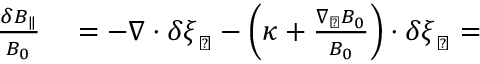
\begin{array} { r } { \begin{array} { r l } { \frac { \delta B _ { \parallel } } { B _ { 0 } } } & { { } = - \nabla \cdot \delta \boldsymbol { \xi } _ { \perp } - \left( \boldsymbol { \kappa } + \frac { \nabla _ { \perp } B _ { 0 } } { B _ { 0 } } \right) \cdot \delta \boldsymbol { \xi } _ { \perp } = } \end{array} } \end{array}